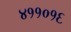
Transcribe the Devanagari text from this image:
४११०१६